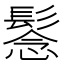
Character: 𩭮